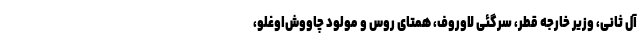
آل ثانی، وزیر خارجه قطر، سرگئی لاوروف، همتای روس و مولود چاووش‌اوغلو،